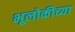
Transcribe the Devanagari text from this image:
भूलोकीच्या